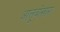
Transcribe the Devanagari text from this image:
आलूबोखारा